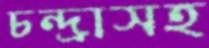
চন্দ্রাসহ